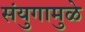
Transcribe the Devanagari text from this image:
संयुगामुळे